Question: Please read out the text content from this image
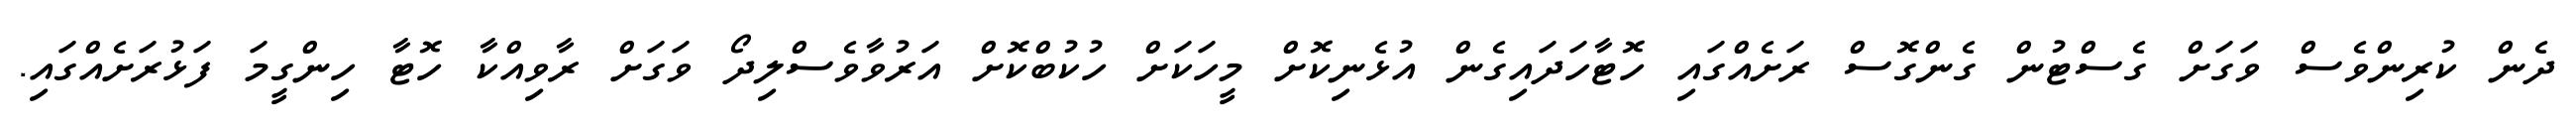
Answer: ދެން ކުރިންވެސް ވަގަށް ގެސްޓުން ގެންގޮސް ރަށެއްގައި ހޮޓާހަދައިގެން އުޅެނިކޮށް މީހަކަށް ހުކުބްކޮށް އަރުވާވެސްލިދޯ ވަގަށް ރާވިއްކާ ހޮޓާ ހިންގީމަ ފަޅުރަށެއްގައި.